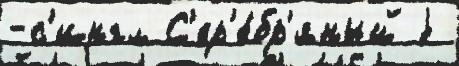
-с'ингл С'ер'е́бр'яный j